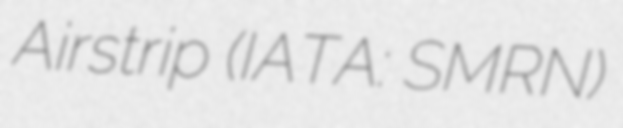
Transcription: Airstrip (IATA: SMRN)